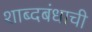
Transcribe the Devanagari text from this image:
शाब्दबंधाची